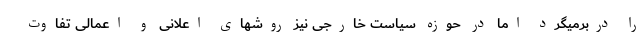
را دربرمیگرد اما در حوزه سیاست خارجی نیز روشهای اعلانی و اعمالی تفاوت